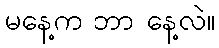
မနေ့က ဘာ နေ့လဲ။